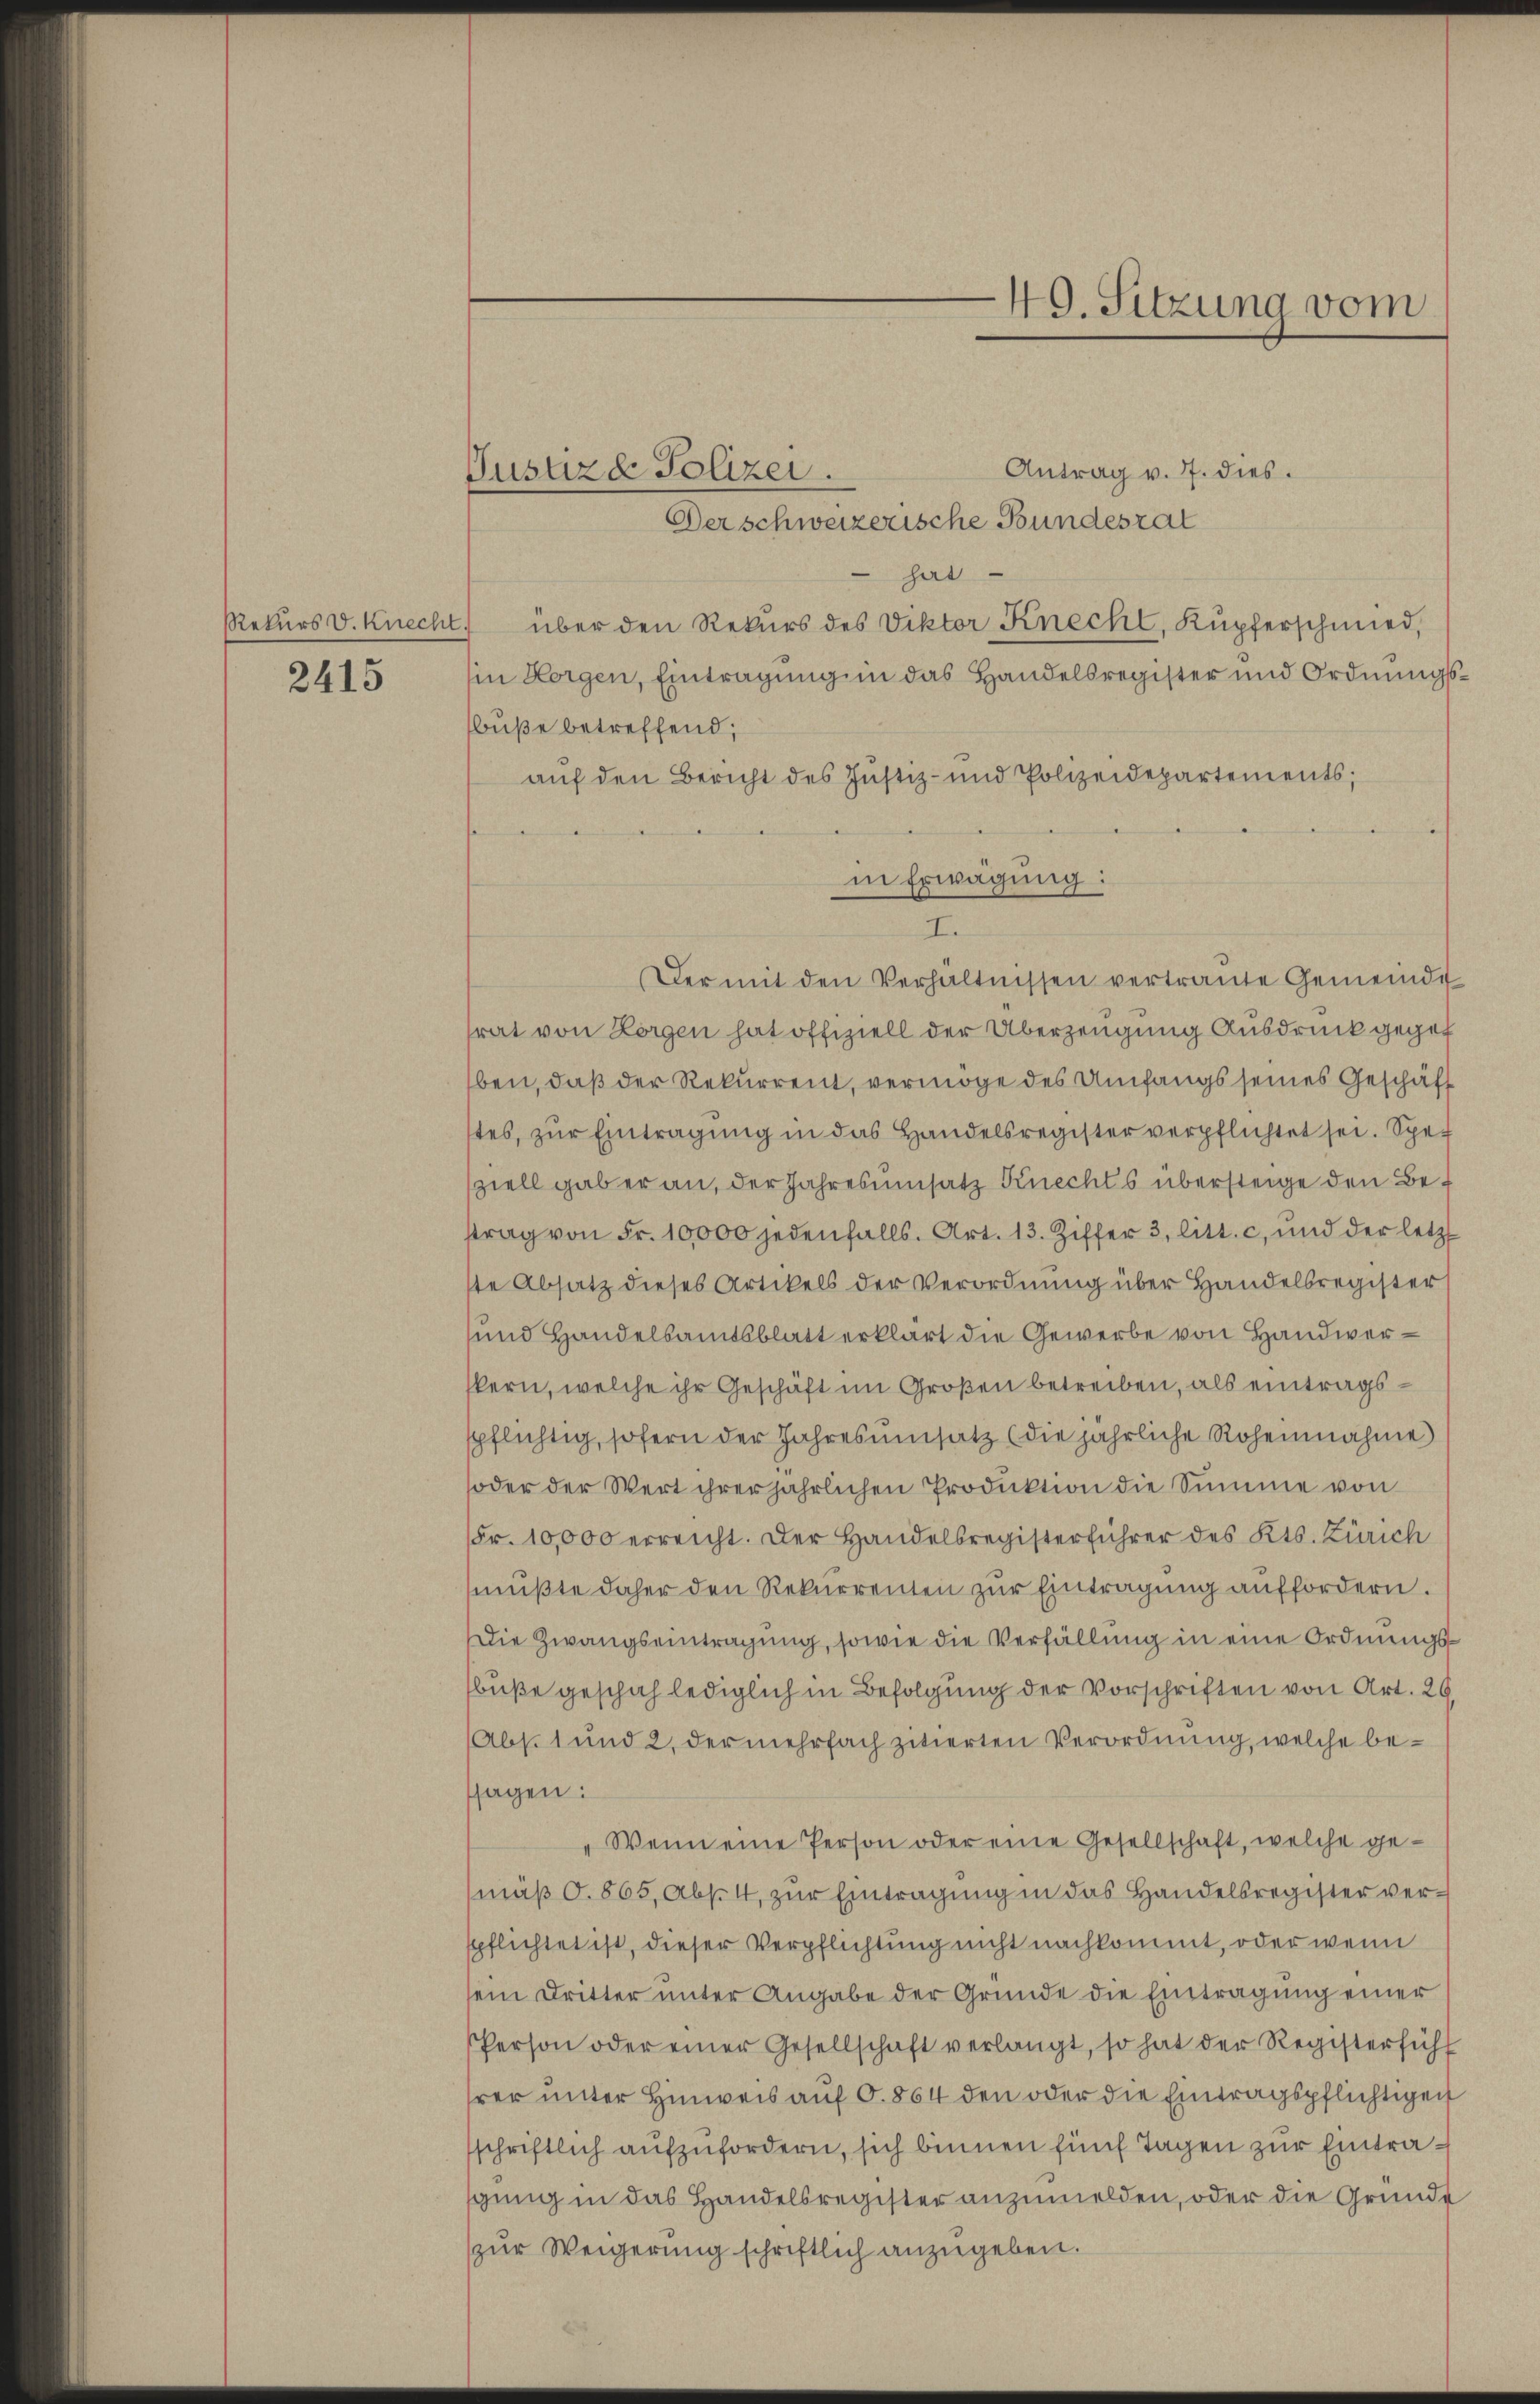
Rekurs v. Knecht.

2415

Justizd Polizei.

49. Sitzung vom

Antrag v. 7. dies.
Der schweizerische Bundesrat
hat
über den Rekurs des Viktor Knecht, Kupferschmied,
in Horgen, Eintragung in das Handelsregister und Ordnungsbuße betreffend,
auf den Bericht des Justiz- und Polizeidepartements;
in Erwägung:
I.
Der mit den Verhältnissen vertraute Gemeinde
rat von Horgen hat offiziell der Überzeugung Ausdruck gegeb
ben, daß der Rekurrent, vermöge des Umfangs seines Geschäft
tes, zŭr Eintragung in das Handelsregister verpflichtet sei. Speziell gab er an, der Jahresumsatz Knechts übersteige den Betrag von Fr. 10,000 jedenfalls. Art. 13. Ziffer 3. litt. c, und der letzt
ste Absatz dieses Artikels der Verordnung über Handelsregister
und Handelsamtsblatt erklärt die Gewerbe von Handwerkern, welche ihr Geschäft im Großen betreiben, als eintragsspflichtig, sofern der Jahresumsatz (die jährliche Roheinnahme
oder der Wert ihrer jährlichen Produktion die Summe von
Fr. 10,000 erreicht. Der Handelsregisterführer des Kts. Zürich
müβte daher den Rekurrenten zŭr Eintragung auffordern.
Die Zwangseintragung, sowie die Verfällung in eine Ordnungsbuße geschah lediglich in Befolgung der Vorschriften von Art. 26
Abs. 1 und 2, dermehrfach zitierten Verordnung, welche bessagen:
Wenn eine Person oder eine Gesellschaft, welche ge-
mäß O. 865, Abset, zur Eintragung in das Handelsregister verspflichtet ist, dieser Verpflichtung nicht nachkommt, oder wenn
sein Dritter unter Angabe der Gründe die Eintragung einer
Person oder einer Gesellschaft verlangt, so hat der Registerführ
rer unter Hinweis auf O. 864 den oder die Eintragspflichtigen
schriftlich aufzufordern, sich binnen fünf Tagen zur Eintragung in das Handelsregister anzumelden, oder die Grunde
zur Weigerung schriftlich anzugeben.